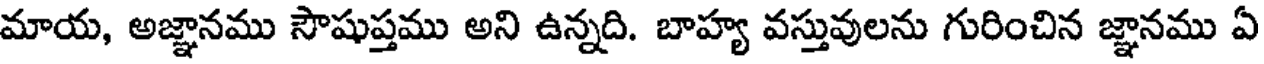
మాయ, అజ్ఞానము సౌషుప్తము అని ఉన్నది. బాహ్య వస్తువులను గురించిన జ్ఞానము ఏ